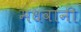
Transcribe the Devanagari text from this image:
मधवानी